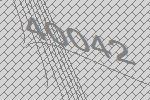
40042